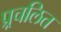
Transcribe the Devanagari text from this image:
प्र्रचलित